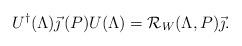
LaTeX: \begin{align*}U^{\dagger}(\Lambda)\vec{\jmath}\,(P)U(\Lambda)={\cal R}_W(\Lambda,P)\vec{\jmath}.\end{align*}